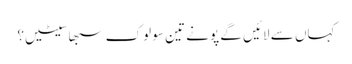
کہاں سے لائیں گے پونے تین سو لوک سبھا سیٹیں؟